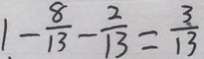
1 - \frac { 8 } { 1 3 } - \frac { 2 } { 1 3 } = \frac { 3 } { 1 3 }